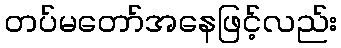
တပ်မတော်အနေဖြင့်လည်း